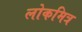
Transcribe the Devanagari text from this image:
लोकमित्र